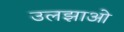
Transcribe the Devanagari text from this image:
उलझाओ